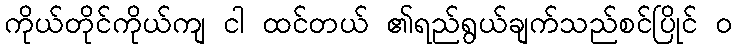
ကိုယ်တိုင်ကိုယ်ကျ ငါ ထင်တယ် ၏ရည်ရွယ်ချက်သည်စင်ပြိုင် ၀